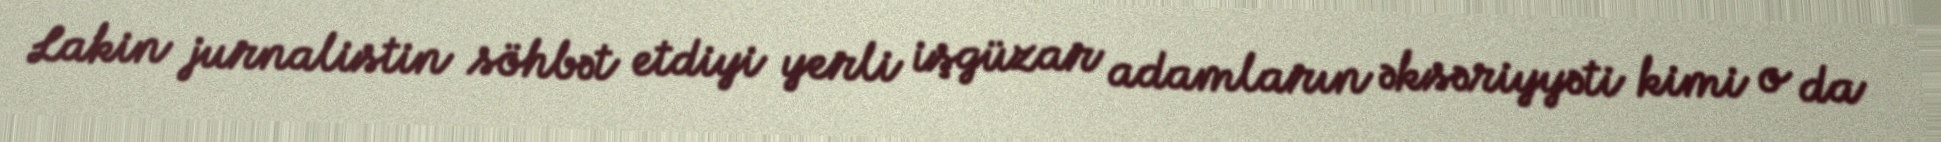
Lakin jurnalistin söhbət etdiyi yerli işgüzar adamların əksəriyyəti kimi o da